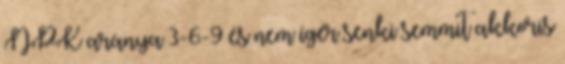
NPK aránya 3-6-9 és nem ígér senki semmit akkoris